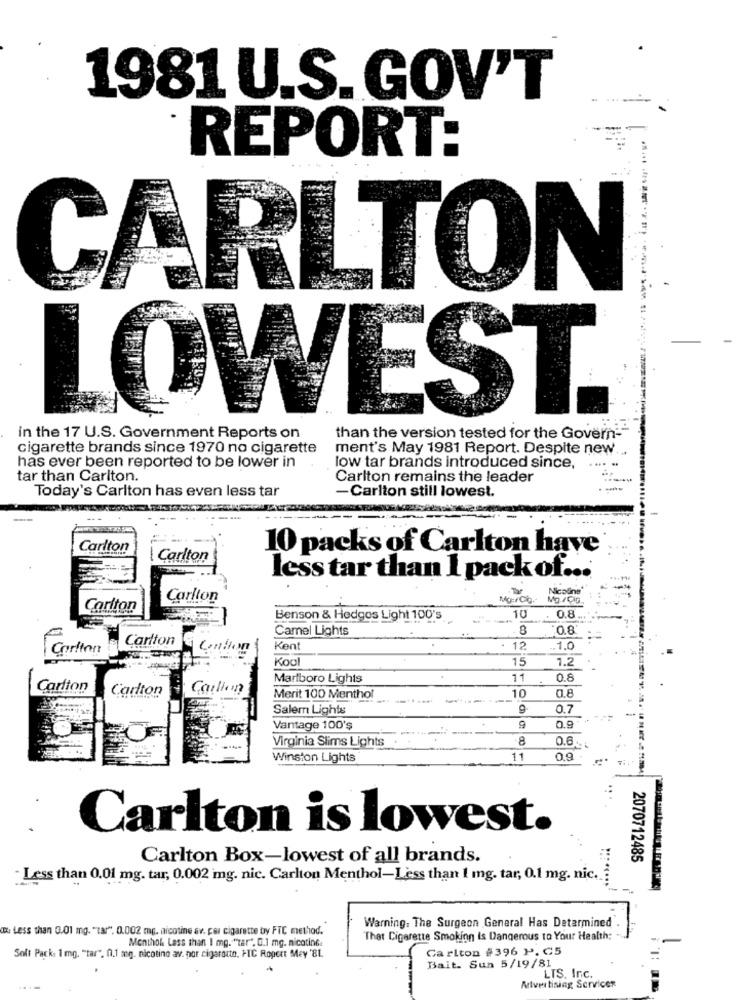
1981 U.S. GOV'T
REPORT:
CARLTON
LOWEST.
in the 17 U.S. Government Reports on
than the version tested for the Govern-
cigarette brands since 1970 no cigarette
ment's May 1981 Report. Despite new.
has ever been reported to be lower in
low tar brands introduced since,
.....
tar than Carlton.
Carlton remains the leader
Today's Carlton has even less tar
-Carlton still lowest.
-
Carlton
10 packs of Carlton have
Carlton
less tar than 1 pack of ...
Nicoline
Carlton
Mo:/Cig.
Carlton
Benson & Hedgos Light 100's
10
. 0.8
Camel Lights
8
0.8
Carlton
Carlton
Contion
Kent
12
.10
Kool
15
1.2
Marlboro Lights
11
0.8
Carlton
Carlton
Caillon
0.8
Merit 100 Menthol
10
Salem Lights
0.7
Vantage 100'ş
-
0.9
Virginia Slims Lights
8
0.6
Winston Lights
11
0.9
Carlton is lowest.
Carlton Box-lowest of all brands.
2070712485
Less than 0.01 mg. tar, 0.002 mg. nic. Carlton Menthol-Less than 1 mg. tar, 0.1 mg. nic.
Warning. The Surgeon General Has Determined
ax Less than 0.01 mg. "Tar", 0.002 mg. nicotine av. car cigarette by FTC, method.
Menthol Less than 1 mg. "tar". 0.1 mg. nicotine.
"That Cigarette Smoking Is Dangerous to Your Health:
Carlton #396 P. C5
Soft Pack: 1 mg. "tar". 0.1 mg. nicotine av. por cigarocto, HIC Ropert Mey '8L
Bait. Sun 5/19/81
LTS. Inc.
Artvertising Servicer